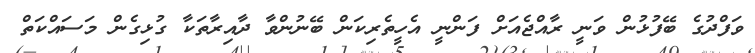
ވަފްދުގެ ބޭފުޅުން ވަނީ ރާއްޖެއަށް ފަންނީ އެހީތެރިކަން ބޭނުންވާ ދާއިރާތަކާ ގުޅިގެން މަސައްކަތް